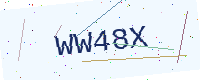
Text: WW48X